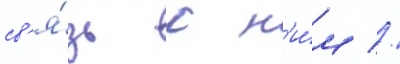
св'я́зь с н'и́м //